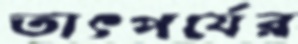
তাৎপর্যের